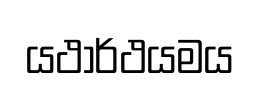
යථාර්ථයමය